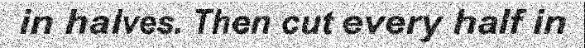
in halves. Then cut every half in